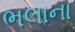
ભલાના